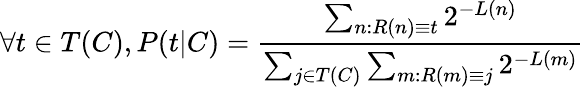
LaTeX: \forall t\in T(C),P(t|C)={\frac{\sum_{n:R(n)\equiv t}2^{-L(n)}}{\sum_{j\in T(C)}\sum_{m:R(m)\equiv j}2^{-L(m)}}}